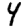
Digit: 4